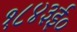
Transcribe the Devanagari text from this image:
१८४३ई०